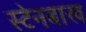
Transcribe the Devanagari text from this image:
स्टेनबाख